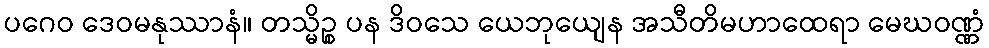
ပဂေဝ ဒေဝမနုဿာနံ။ တသ္မိဉ္စ ပန ဒိဝသေ ယေဘုယျေန အသီတိမဟာထေရာ မေဃဝဏ္ဏံ